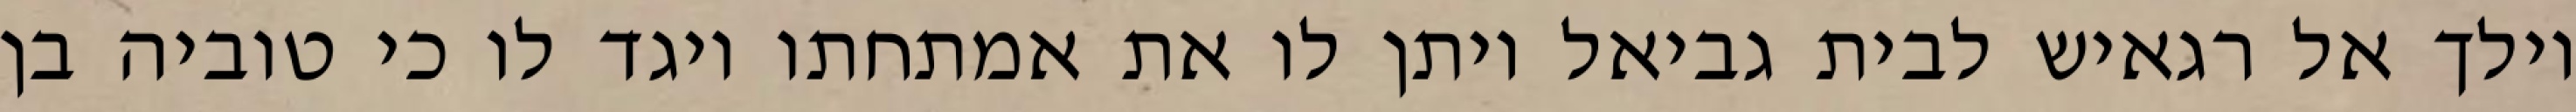
וילך אל רגאיש לבית גביאל ויתן לו את אמתחתו ויגד לו כי טוביה בן